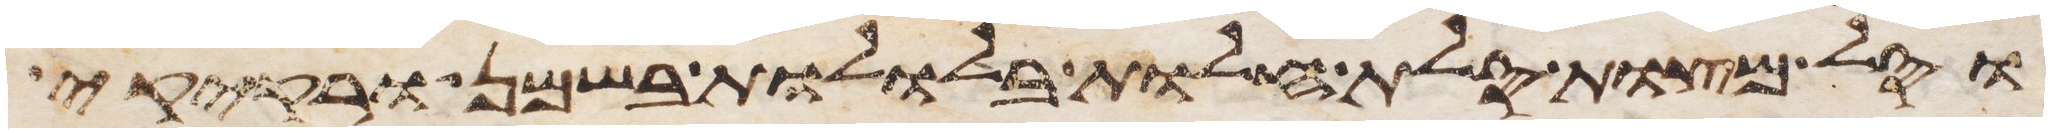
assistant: וסל מצות סלת חלות בללות בשמן ורקיקי